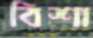
বিশা